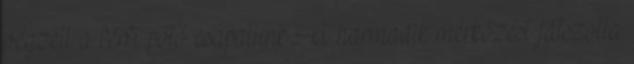
végzett a férfi póló csapatunk A harmadik mérkőzést játszotta